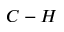
C - H